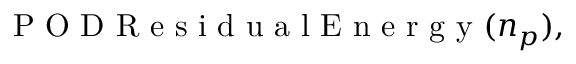
\mathrm { ~ P ~ O ~ D ~ R ~ e ~ s ~ i ~ d ~ u ~ a ~ l ~ E ~ n ~ e ~ r ~ g ~ y ~ } ( \ensuremath { n _ { p } } ) , \; \